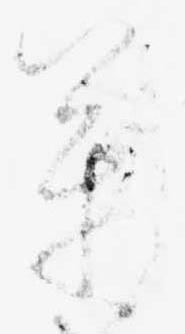
万